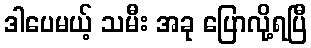
ဒါပေမယ့် သမီး အခု ပြောလို့ရပြီ